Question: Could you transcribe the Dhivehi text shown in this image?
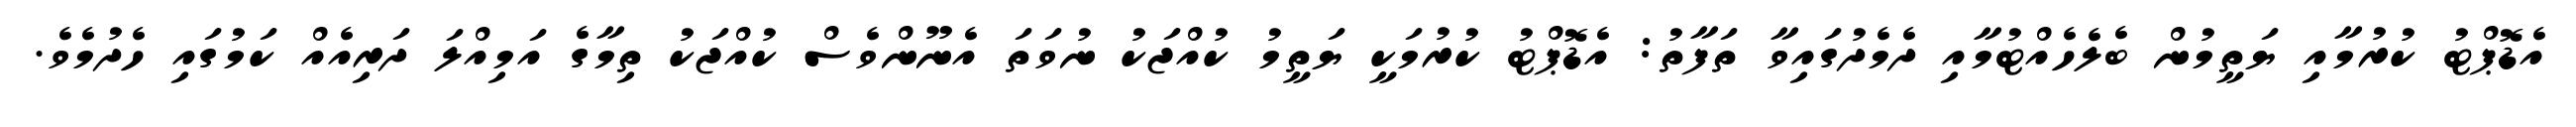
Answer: އެޑޮޕްޓު ކުރުމާއި ޔަތީމުން ބެލެހެއްޓުމާއި ދެމެދުގައިވާ ތަފާތު: އެޑޮޕްޓު ކުރުމަކީ ޔަތީމު ކުއްޖަކު ނުވަތަ އެނޫންވެސް ކުއްޖަކު ތިމާގެ އަމިއްލަ ދަރިއެއް ކަމުގައި ހެދުމެވެ.